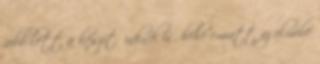
jobb lett a készítőinknél is. hehe emiatt az elmébe